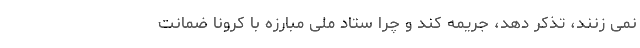
نمی زنند، تذکر دهد، جریمه کند و چرا ستاد ملی مبارزه با کرونا ضمانت